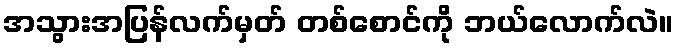
အသွားအပြန်လက်မှတ် တစ်စောင်ကို ဘယ်လောက်လဲ။